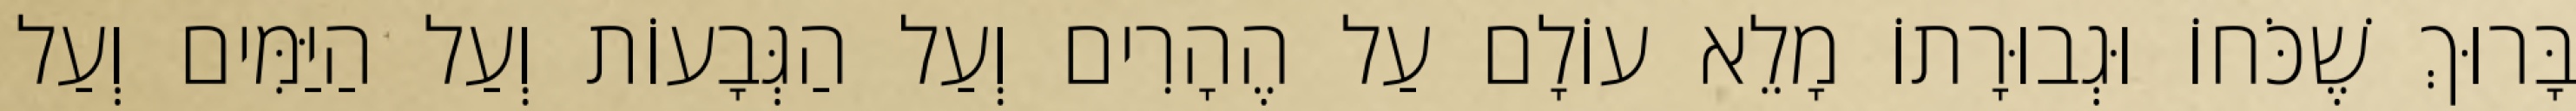
בָּרוּךְ שֶׁכֹּחוֹ וּגְבוּרָתוֹ מָלֵא עוֹלָם עַל הֶהָרִים וְעַל הַגְּבָעוֹת וְעַל הַיַּמִּים וְעַל